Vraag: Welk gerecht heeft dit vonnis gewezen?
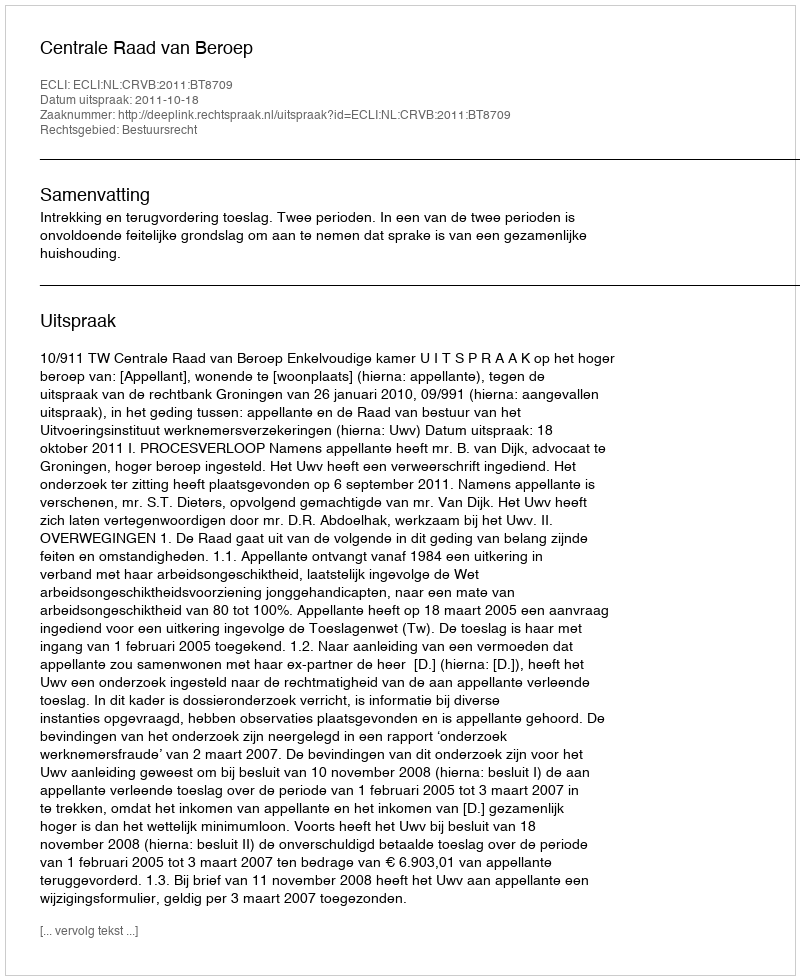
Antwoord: Centrale Raad van Beroep